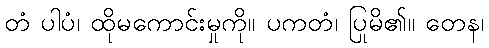
တံ ပါပံ၊ ထိုမကောင်းမှုကို။ ပကတံ၊ ပြုမိ၏။ တေန၊